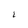
Character: I